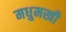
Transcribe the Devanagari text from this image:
मधुमखी